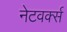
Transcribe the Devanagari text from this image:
नेटवर्क्‍स